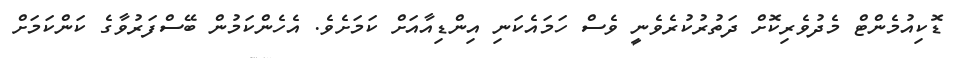
ޑޮކިއުމެންޓް މެދުވެރިކޮށް ދަތުރުކުރެވެނީ ވެސް ހަމައެކަނި އިންޑިއާއަށް ކަމަށެވެ. އެހެންކަމުން ބޭސްފަރުވާގެ ކަންކަމަށް